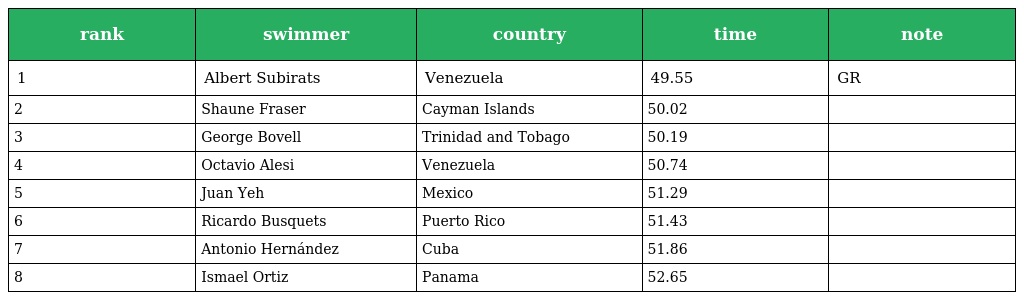
| rank | swimmer | country | time | note |
 | --- | --- | --- | --- | --- |
 | 1 | Albert Subirats | Venezuela | 49.55 | GR |
 | 2 | Shaune Fraser | Cayman Islands | 50.02 |  |
 | 3 | George Bovell | Trinidad and Tobago | 50.19 |  |
 | 4 | Octavio Alesi | Venezuela | 50.74 |  |
 | 5 | Juan Yeh | Mexico | 51.29 |  |
 | 6 | Ricardo Busquets | Puerto Rico | 51.43 |  |
 | 7 | Antonio Hernández | Cuba | 51.86 |  |
 | 8 | Ismael Ortiz | Panama | 52.65 |  |